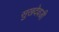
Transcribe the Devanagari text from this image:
सुखदेवजी